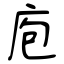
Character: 庖